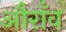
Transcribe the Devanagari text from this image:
औराँव